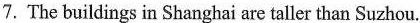
7. The buildingsin Shanghai are taller than Suzhou.